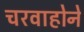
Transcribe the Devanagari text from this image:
चरवाहोने